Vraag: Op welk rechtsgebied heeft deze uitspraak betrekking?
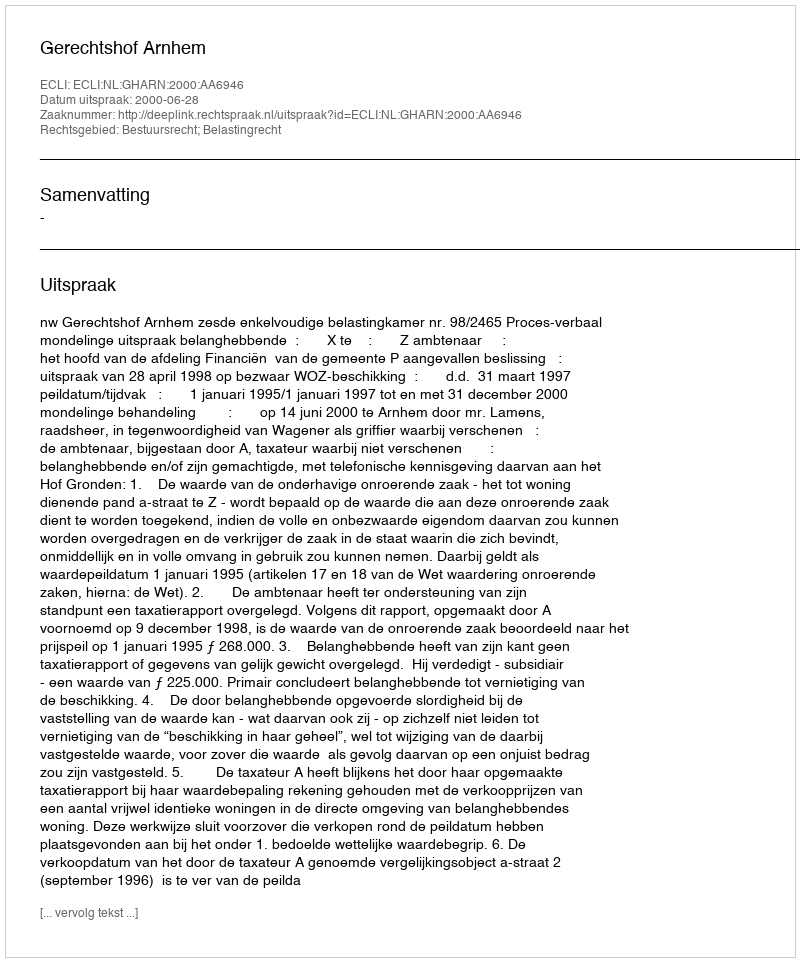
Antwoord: Bestuursrecht; Belastingrecht